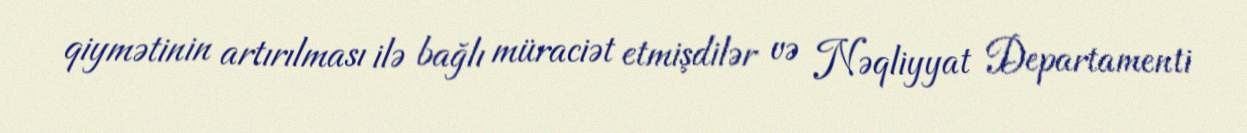
qiymətinin artırılması ilə bağlı müraciət etmişdilər və Nəqliyyat Departamenti